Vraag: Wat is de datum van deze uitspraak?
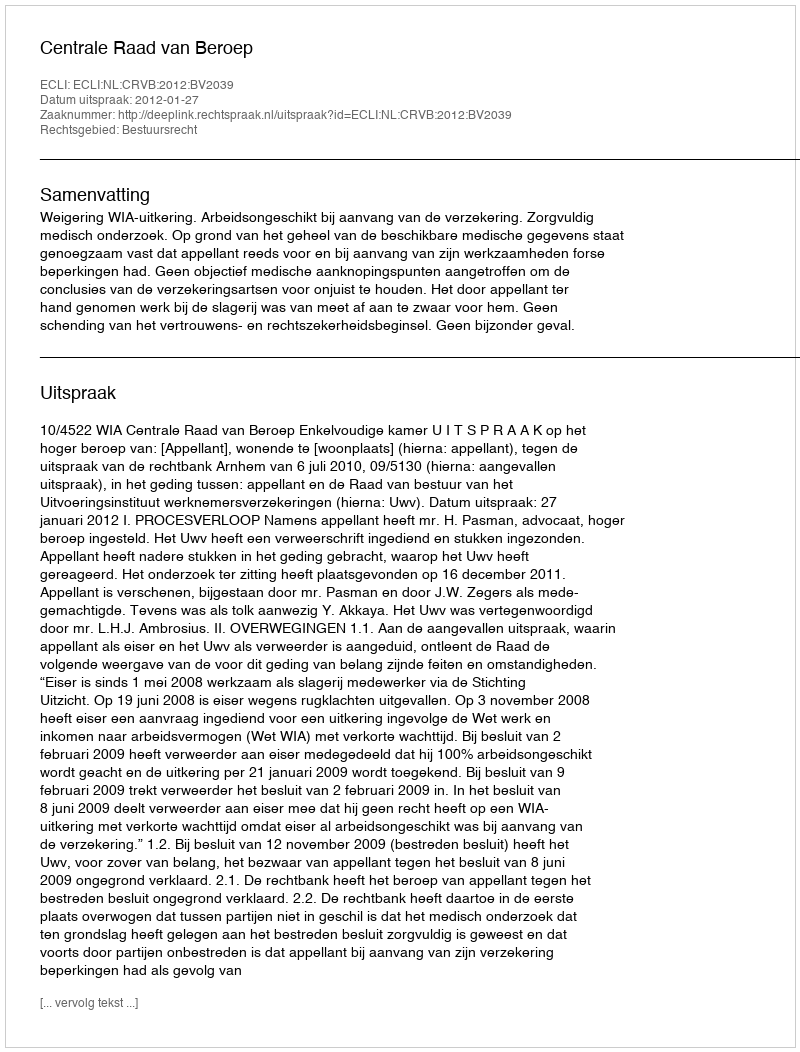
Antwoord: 2012-01-27